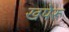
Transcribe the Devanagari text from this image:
खपेरू